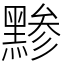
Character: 黪